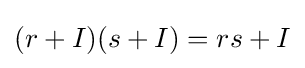
(r+I)(s+I)=rs+I